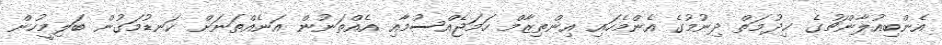
އެންބިއުލާންޗުގެ ޚިދުމަތް ދިނުމުގެ އެންމެހައި އިންތިޒާމް ހަމަޖެއްސުމާއި އެއްތަނުން އަނެއްތަނަށް ކަނޑުމަގުން ބަލިމީހުން